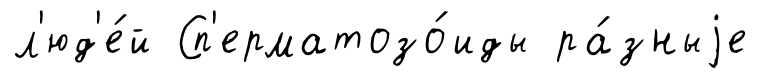
л'юд'е́й Сп'ерматозо́иды ра́зныjе